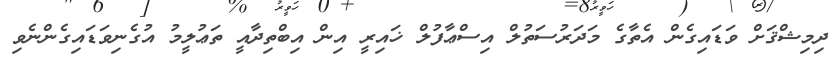
ދިމިޝްޤަށް ވަޑައިގެން އެތާގެ މަދަރުސަތުލް އިސްޢާފުލް ޚައިރީ އިން އިބްތިދާއީ ތަޢުލީމު އުގެނިވަޑައިގެންނެވި